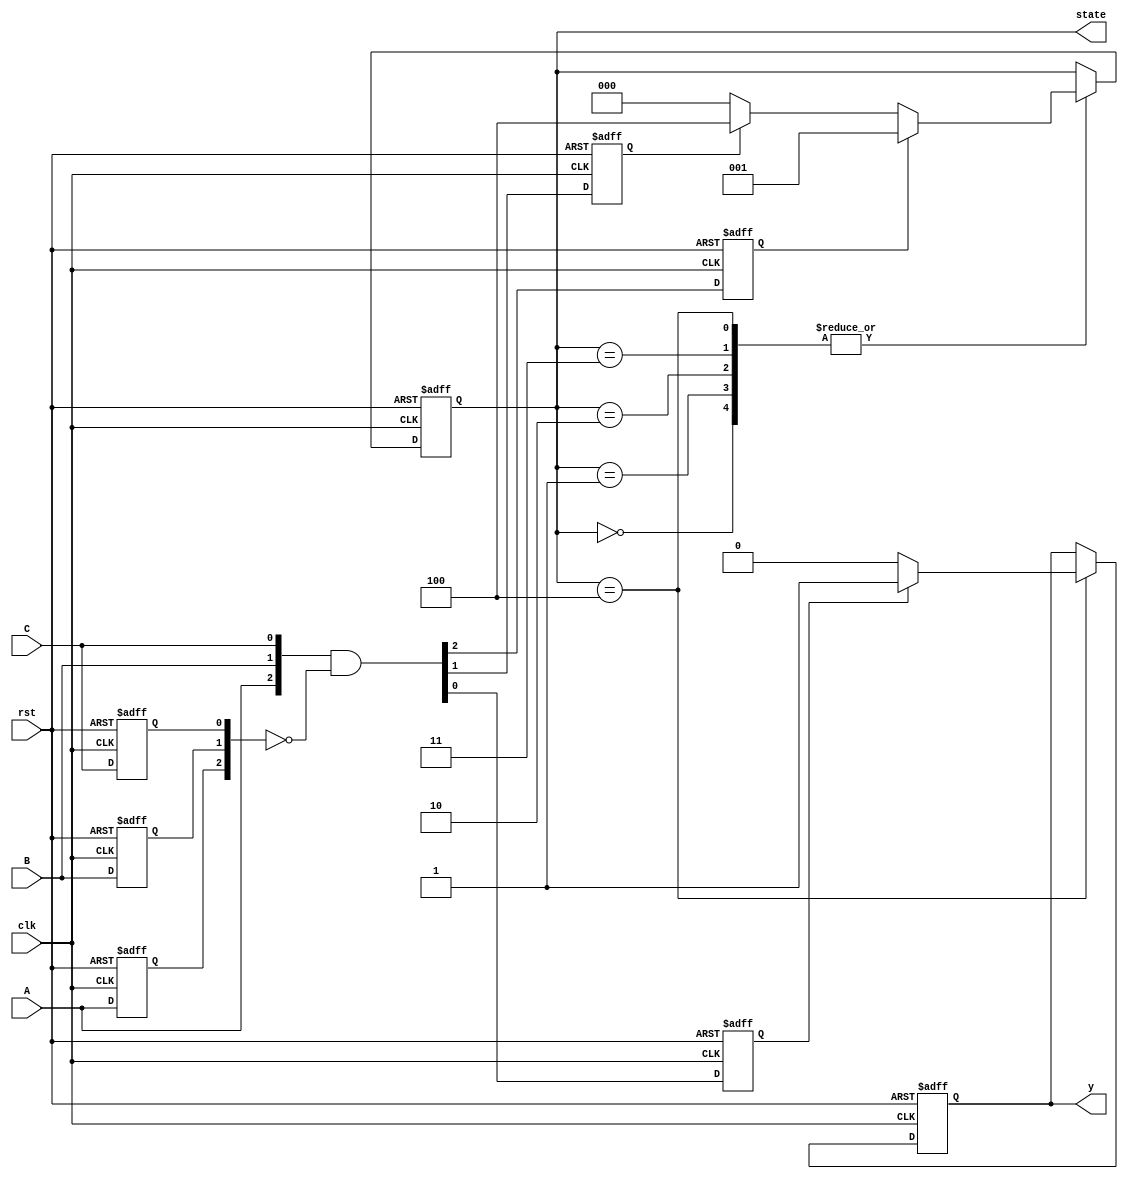
`timescale 1ns / 1ps
//////////////////////////////////////////////////////////////////////////////////
// Company: 
// Engineer: 
// 
// Design Name: 
// Module Name: vending_machine
// Project Name: 
// Target Devices: 
// Tool Versions: 
// Description: 
// 
// Dependencies: 
// 
// Revision:
// Revision 0.01 - File Created
// Additional Comments:
// 
//////////////////////////////////////////////////////////////////////////////////


module vending_machine(clk, rst, A, B, C, state, y);

input clk, rst;
input A, B, C;
reg A_reg, B_reg, C_reg;
reg A_trig, B_trig, C_trig;
output reg [2:0] state;
output reg y;

parameter S0 = 3'b000;
parameter S50 = 3'b001;
parameter S100 = 3'b010;
parameter S150 = 3'b011;
parameter S200 = 3'b100;

always @(negedge rst or posedge clk) begin
    if(!rst) begin
        {A_reg, B_reg, C_reg} <= 3'b000;
        {A_trig, B_trig, C_trig} <= 3'b000;
    end
    else begin
        {A_reg, B_reg, C_reg} <= {A, B, C};
        {A_trig, B_trig, C_trig} <= {A, B, C} & ~{A_reg, B_reg, C_reg};
    end
end

always @(negedge rst or posedge clk) begin
    if(!rst) state <= S0;
    else begin
        case(state)
            S0 : begin
                if(A_trig == 1) state <= S50;
                else if(B_trig == 1) state <= 100;
                else state <= S0;
            end
            S50 : begin
                if(A_trig == 1) state <= S50;
                else if(B_trig == 1) state <= 100;
                else state <= S0;
            end
            S100 : begin
                if(A_trig == 1) state <= S50;
                else if(B_trig == 1) state <= 100;
                else state <= S0;
            end
            S150 : begin
                if(A_trig == 1) state <= S50;
                else if(B_trig == 1) state <= 100;
                else state <= S0;
            end
            S200 : begin
                if(A_trig == 1) state <= S50;
                else if(B_trig == 1) state <= 100;
                else state <= S0;
            end
        endcase
    end
end

always @(negedge rst or posedge clk) begin
    if(!rst) y <= 0;
    else begin
        case(state)
            S200 : y <= C_trig ? 1 : 0;
        endcase
    end
end    
endmodule